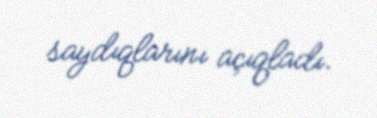
saydıqlarını açıqladı.